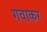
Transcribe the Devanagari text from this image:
गवाकर